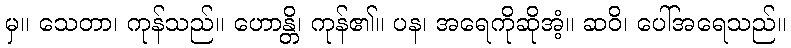
မှ။ သေတာ၊ ကုန်သည်။ ဟောန္တိ၊ ကုန်၏။ ပန၊ အရေကိုဆိုအံ့။ ဆဝိ၊ ပေါ်အရေသည်။